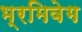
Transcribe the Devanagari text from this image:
भ्रमिवेग